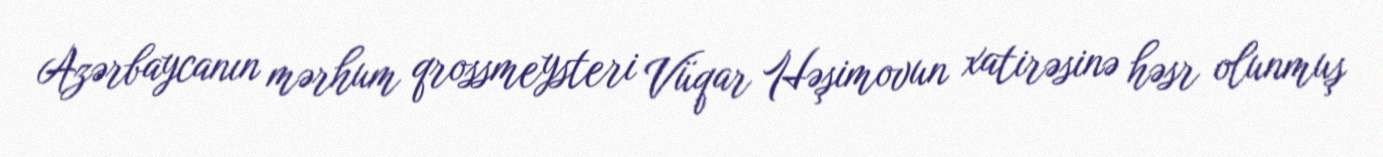
Azərbaycanın mərhum qrossmeysteri Vüqar Həşimovun xatirəsinə həsr olunmuş